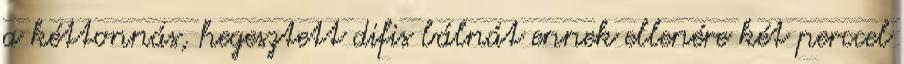
a kéttonnás, hegesztett difis bálnát ennek ellenére két perccel